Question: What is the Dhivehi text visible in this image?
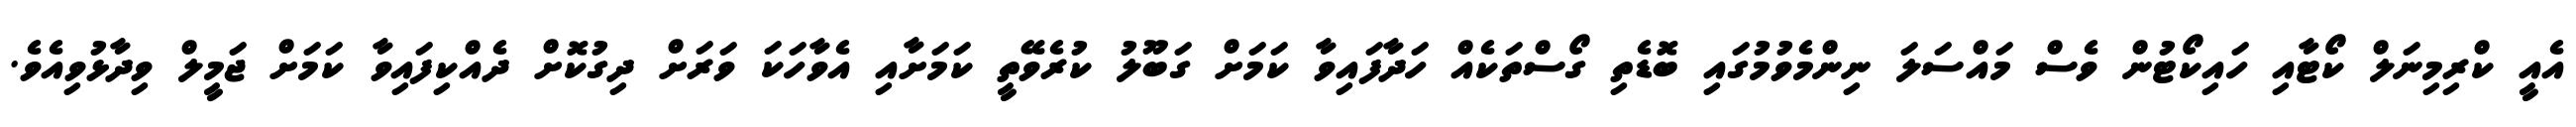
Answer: އެއީ ކްރިމިނަލް ކޯޓާއި ހައިކޯޓުން ވެސް މައްސަލަ ނިންމެވުމުގައި ބޮޑެތި ގޯސްތަކެއް ހަދާފައިވާ ކަމަށް ގަބޫލު ކުރެވޭތީ ކަމަށާއި އެވާހަކަ ވަރަށް ދިގުކޮށް ދެއްކިފައިވާ ކަމަށް ޖަމީލް ވިދާޅުވިއެވެ.